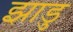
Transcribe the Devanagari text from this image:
झाडु